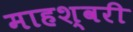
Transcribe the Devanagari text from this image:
माहश्वरी